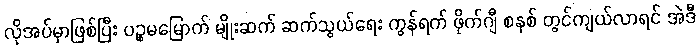
လိုအပ်မှာဖြစ်ပြီး ပဉ္စမမြောက် မျိုးဆက် ဆက်သွယ်ရေး ကွန်ရက် ဖိုက်ဂျီ စနစ် တွင်ကျယ်လာရင် အဲဒီ